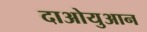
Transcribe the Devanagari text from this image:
दाओयुआन